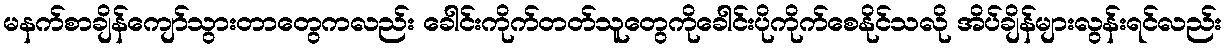
မနက်စာချိန်ကျော်သွားတာတွေကလည်း ခေါင်းကိုက်တတ်သူတွေကိုခေါင်းပိုကိုက်စေနိုင်သလို အိပ်ချိန်များလွန်းရင်လည်း